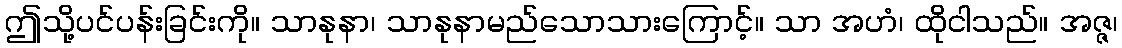
ဤသို့ပင်ပန်းခြင်းကို။ သာနုနာ၊ သာနုနာမည်သောသားကြောင့်။ သာ အဟံ၊ ထိုငါသည်။ အဇ္ဇ၊